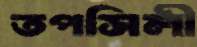
তপসিলী